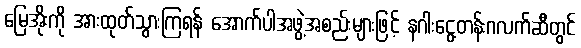
မြေအိုးကို အားထုတ်သွားကြရန် အောက်ပါအဖွဲ့အစည်းများဖြင့် နဂါးငွေ့တန်းဂလက်ဆီတွင်